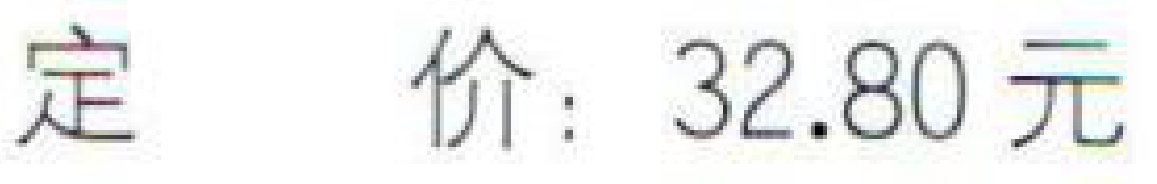
定价：32.80元